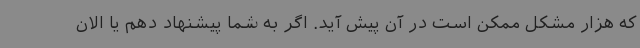
که هزار مشکل ممکن است در آن پیش آید. اگر به شما پیشنهاد دهم یا الان